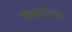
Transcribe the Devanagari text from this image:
मॅकडोगल